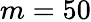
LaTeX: m=50